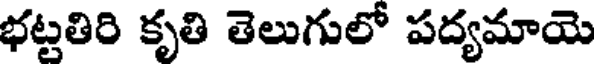
భట్టతిరి కృతి తెలుగులో పద్యమాయె